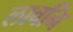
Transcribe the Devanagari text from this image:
लावनि